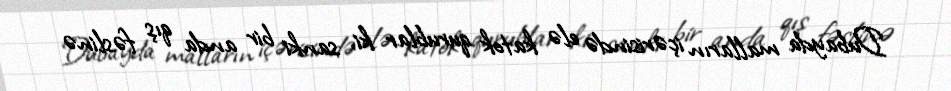
Dubayda malların içərisində elə katok qurublar ki, sanki bir anda qış fəslinə